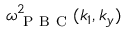
\omega _ { \mathrm { ~ P ~ B ~ C ~ } } ^ { 2 } ( k _ { 1 } , k _ { y } )